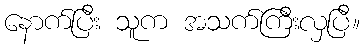
နောက်ပြီး သူက အသက်ကြီးလှပြီ။